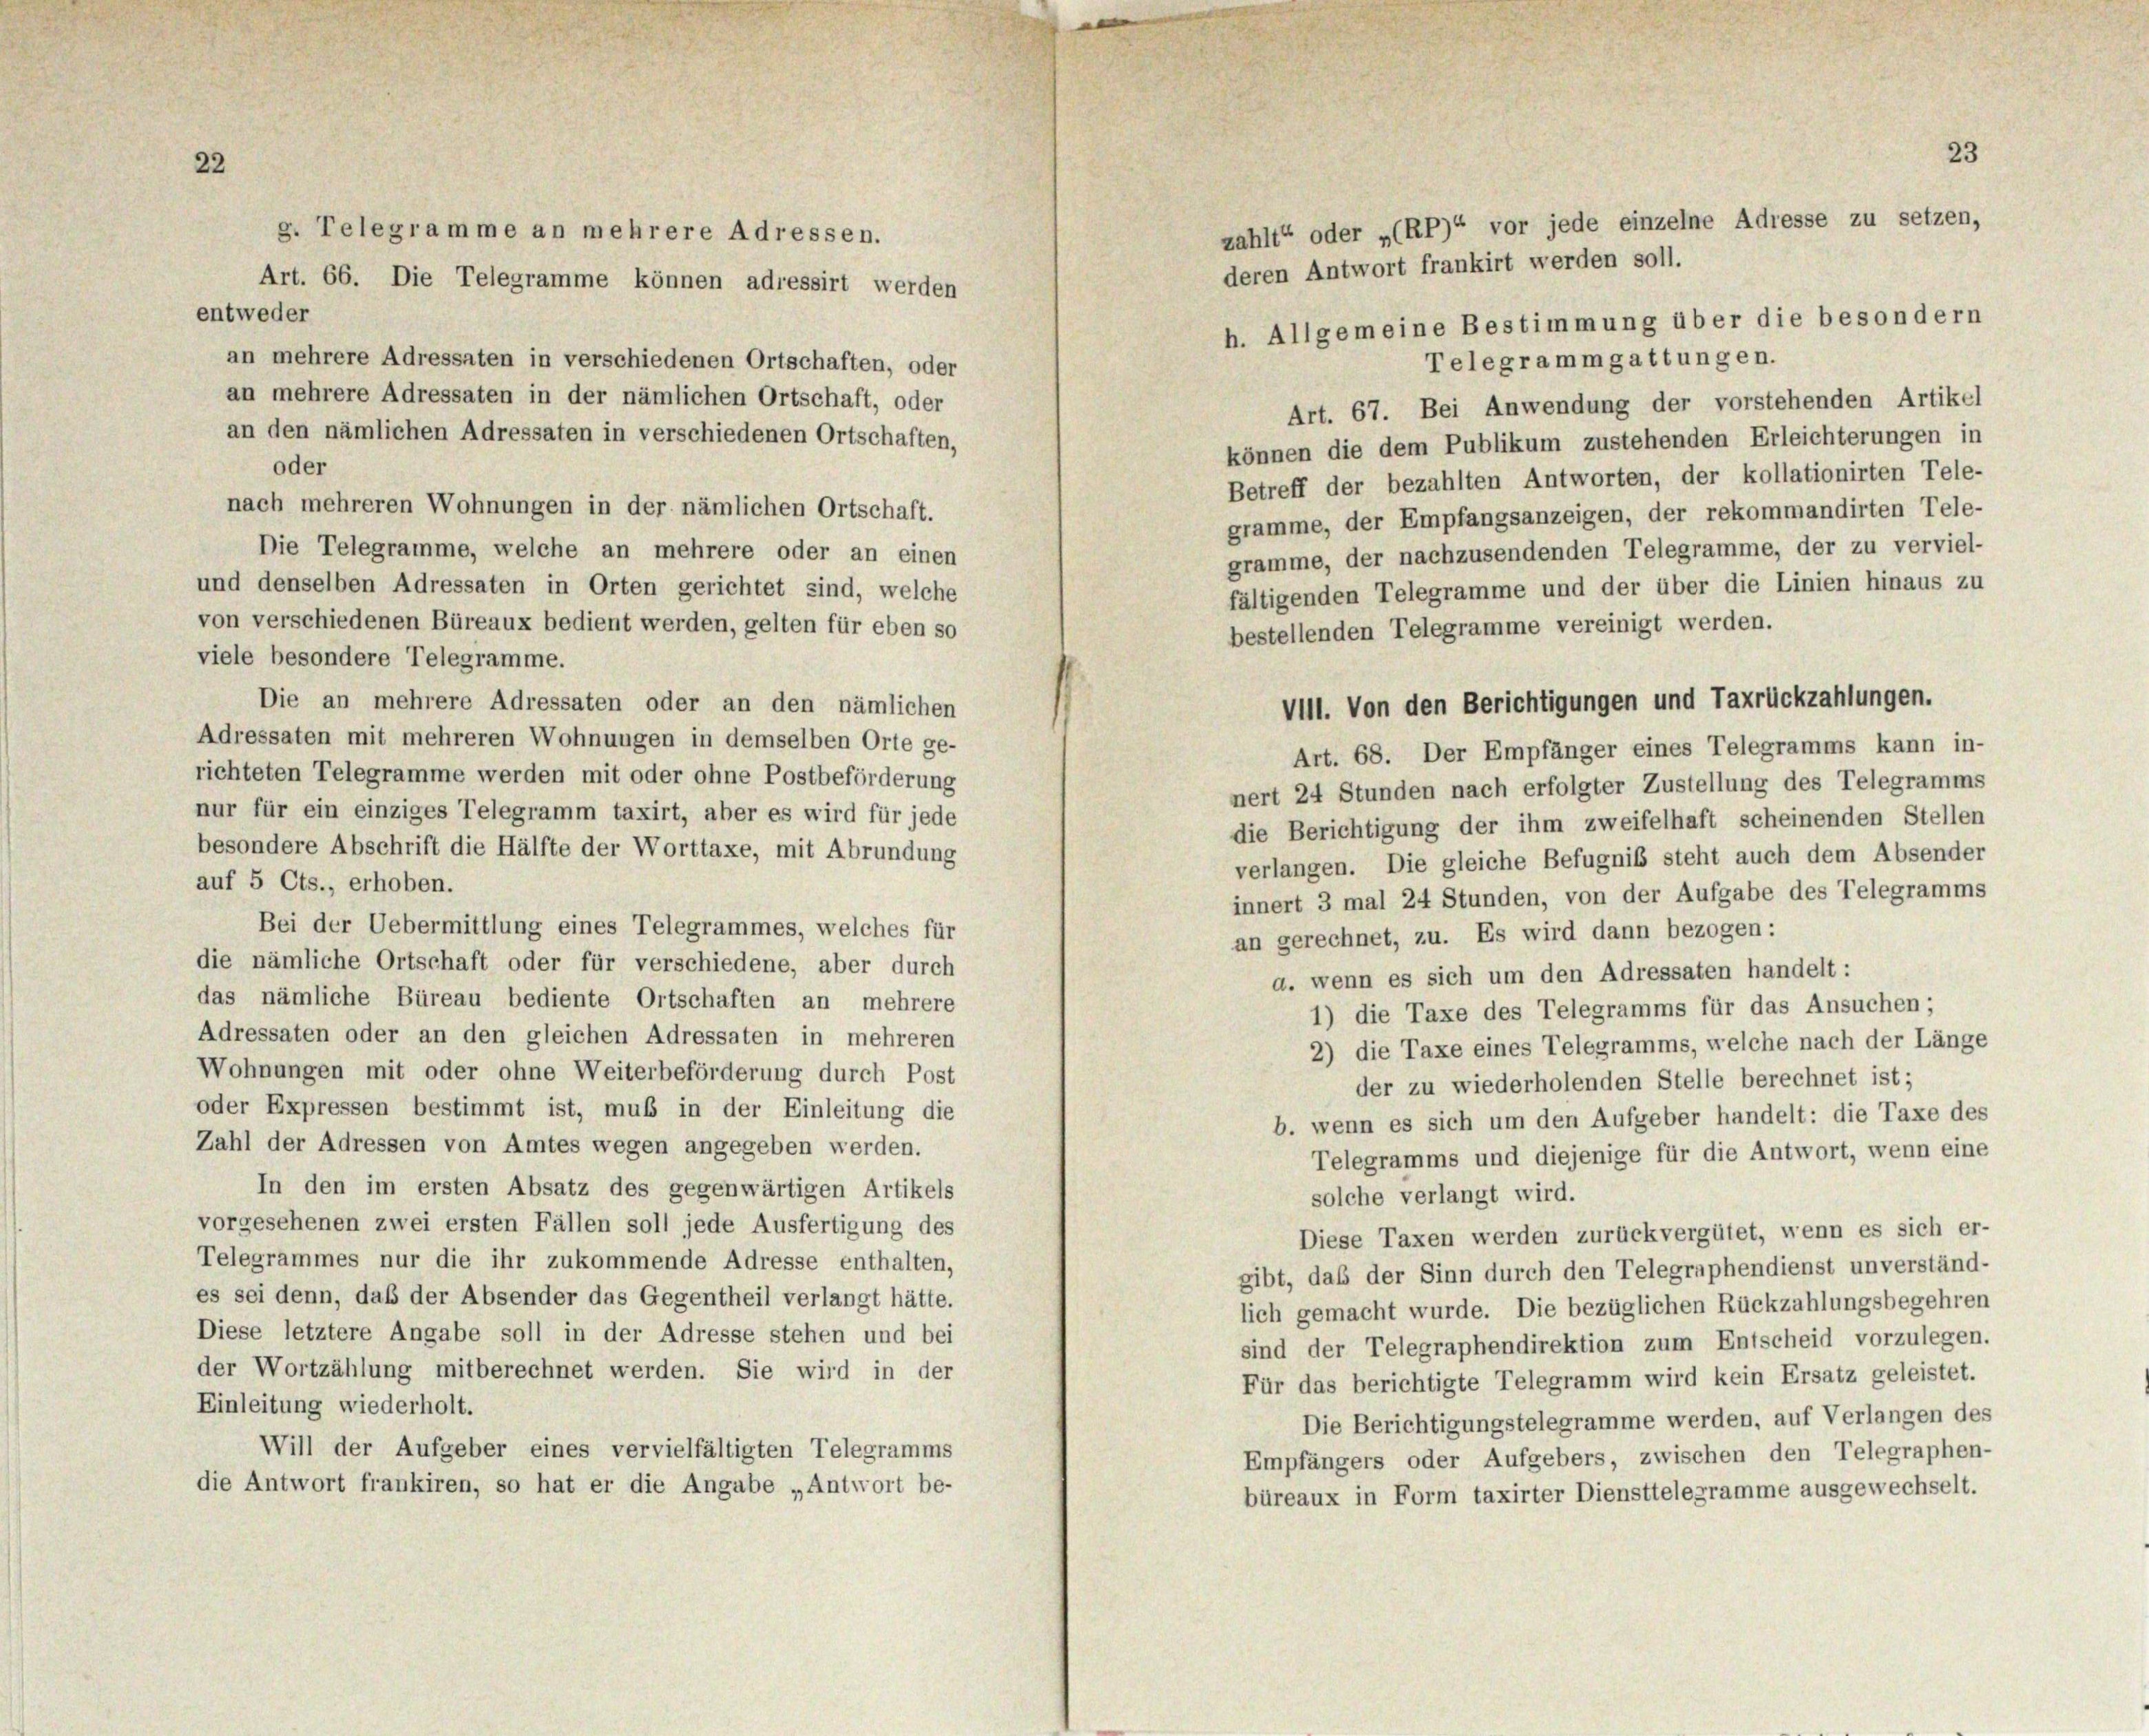
12

zahlt“ oder „(RP)“ vor jede einzelne Adresse zu setzen,
g. Telegramme an mehrere Adressen.
deren Antwort frankirt werden soll.
Art. 66. Die Telegramme können adressirt werden
entweder
h. Allgemeine Bestimmung über die besondern
an mehrere Adressaten in verschiedenen Ortschaften, oder
Telegrammgattungen.
an mehrere Adressaten in der nämlichen Ortschaft, oder
Art. 67. Bei Anwendung der vorstehenden Artikel
an den nämlichen Adressaten in verschiedenen Ortschaften,
können die dem Publikum zustehenden Erleichterungen in
oder
Betreff der bezahlten Antworten, der kollationirten Tele-
nach mehreren Wohnungen in der nämlichen Ortschaft.
gramme, der Empfangsanzeigen, der rekommandirten Tele-
Die Telegramme, welche an mehrere oder an einen
gramme, der nachzusendenden Telegramme, der zu verviel-
und denselben Adressaten in Orten gerichtet sind, welche
fältigenden Telegramme und der über die Linien hinaus zu
von verschiedenen Büreaux bedient werden, gelten für eben so
bestellenden Telegramme vereinigt werden.
viele besondere Telegramme.
Die an mehrere Adressaten oder an den nämlichen
VII. Von den Berichtigungen und Taxrückzahlungen.
Adressaten mit mehreren Wohnungen in demselben Orte ge-
Art. 68. Der Empfänger eines Telegramms kann in-
richteten Telegramme werden mit oder ohne Postbeförderung
nert 24 Stunden nach erfolgter Zustellung des Telegramms
nur für ein einziges Telegramm taxirt, aber es wird für jede
die Berichtigung der ihm zweifelhaft scheinenden Stellen
besondere Abschrift die Hälfte der Worttaxe, mit Abrundung
verlangen. Die gleiche Befugnis steht auch dem Absender
auf 5 Cts., erhoben.
innert 3 mal 24 Stunden, von der Aufgabe des Telegramms
Bei der Uebermittlung eines Telegrammes, welches für
an gerechnet, zu. Es wird dann bezogen:
die nämliche Ortschaft oder für verschiedene, aber durch
a. wenn es sich um den Adressaten handelt :
das nämliche Büreau bediente Ortschaften an mehrere
1) die Taxe des Telegramms für das Ansuchen;
Adressaten oder an den gleichen Adressaten in mehreren
2) die Taxe eines Telegramms, welche nach der Länge
Wohnungen mit oder ohne Weiterbeförderung durch Post
der zu wiederholenden Stelle berechnet ist;
oder Expressen bestimmt ist, muß in der Einleitung die
b. wenn es sich um den Aufgeber handelt: die Taxe des
Zahl der Adressen von Amtes wegen angegeben werden.
Telegramms und diejenige für die Antwort, wenn eine
In den im ersten Absatz des gegenwärtigen Artikels
solche verlangt wird.
vorgesehenen zwei ersten Fällen soll jede Ausfertigung des
Diese Taxen werden zurückvergütet, wenn es sich er-
Telegrammes nur die ihr zukommende Adresse enthalten,
gibt, daß der Sinn durch den Telegraphendienst unverständ-
es sei denn, daß der Absender das Gegentheil verlangt hätte.
lich gemacht wurde. Die bezüglichen Rückzahlungsbegehren
Diese letztere Angabe soll in der Adresse stehen und bei
sind der Telegraphendirektion zum Entscheid vorzulegen.
der Wortzählung mitberechnet werden. Sie wird in der
Für das berichtigte Telegramm wird kein Ersatz geleistet.
Einleitung wiederholt.
Die Berichtigungstelegramme werden, auf Verlangen des
Will der Aufgeber eines vervielfältigten Telegramms
Empfängers oder Aufgebers, zwischen den Telegraphen-
die Antwort frankiren, so hat er die Angabe „Antwort be-
büreaux in Form taxirter Diensttelegramme ausgewechselt.

23